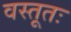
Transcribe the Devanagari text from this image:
वस्तूतः